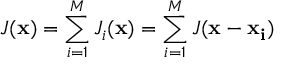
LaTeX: J ( { \bf x } ) = \sum _ { i = 1 } ^ { M } J _ { i } ( { \bf x } ) = \sum _ { i = 1 } ^ { M } J ( { \bf x } - { \bf x _ { i } } )